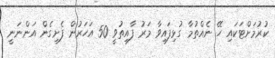
ކުރުމަށްޓަކައި ހޭ ނެއްތުމާ ގުޅިފައިވާ މަރު ފާއިތުވީ 50 އަހަރުން ފެށިގެން އަންނަނީ